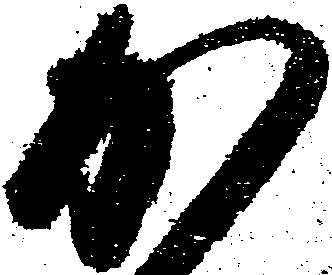
か